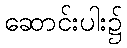
ဆောင်းပါး၌